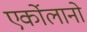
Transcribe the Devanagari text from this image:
एर्कोलानो